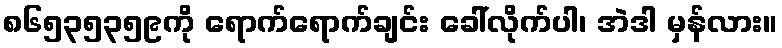
၈၆၅၃၅၃၅၉ကို ရောက်ရောက်ချင်း ခေါ်လိုက်ပါ၊ အဲဒါ မှန်လား။